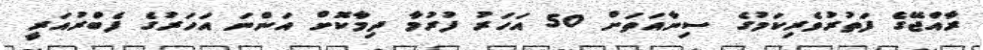
ރާއްޖޭގެ ފަތުރުވެރިކަމުގެ ސިނާއަތަށް 50 އަހަރު ފުރުމާ ދިމާކޮށް އަންނަ އަހަރުގެ ފެބްރުއަރީ